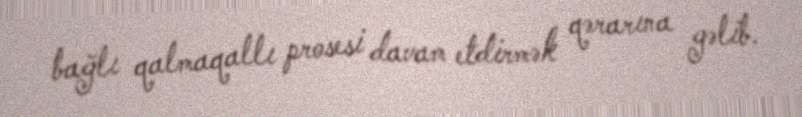
bağlı qalmaqallı prosesi davam etdirmək qərarına gəlib.